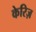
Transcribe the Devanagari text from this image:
केरिज़